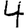
Digit: 4